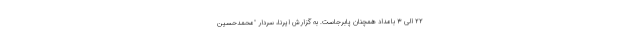
۲۲ الی ۳ بامداد همچنان پابرجاست. به گزارش ایرنا، سردار "محمدحسین